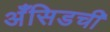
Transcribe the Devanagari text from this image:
अँसिडची